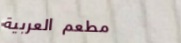
مطعم العربية